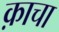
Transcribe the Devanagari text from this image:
क़ाचा